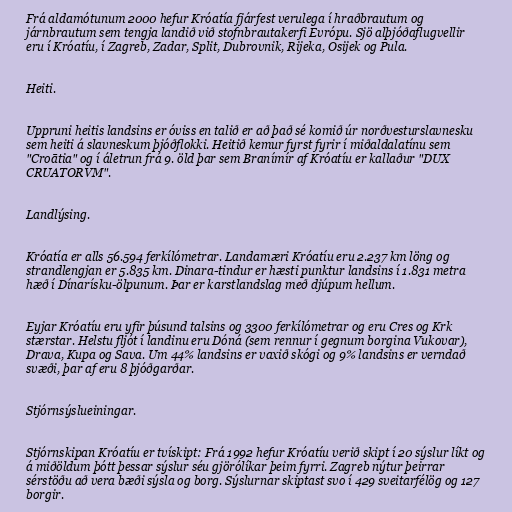
Frá aldamótunum 2000 hefur Króatía fjárfest verulega í hraðbrautum og
járnbrautum sem tengja landið við stofnbrautakerfi Evrópu. Sjö alþjóðaflugvellir
eru í Króatíu, í Zagreb, Zadar, Split, Dubrovnik, Rijeka, Osijek og Pula.

Heiti.

Uppruni heitis landsins er óviss en talið er að það sé komið úr norðvesturslavnesku
sem heiti á slavneskum þjóðflokki. Heitið kemur fyrst fyrir í miðaldalatínu sem
"Croātia" og í áletrun frá 9. öld þar sem Branímír af Króatíu er kallaður "DUX
CRUATORVM".

Landlýsing.

Króatía er alls 56.594 ferkílómetrar. Landamæri Króatíu eru 2.237 km löng og
strandlengjan er 5.835 km. Dinara-tindur er hæsti punktur landsins í 1.831 metra
hæð í Dínarísku-ölpunum. Þar er karstlandslag með djúpum hellum.

Eyjar Króatíu eru yfir þúsund talsins og 3300 ferkílómetrar og eru Cres og Krk
stærstar. Helstu fljót í landinu eru Dóná (sem rennur í gegnum borgina Vukovar),
Drava, Kupa og Sava. Um 44% landsins er vaxið skógi og 9% landsins er verndað
svæði, þar af eru 8 þjóðgarðar.

Stjórnsýslueiningar.

Stjórnskipan Króatíu er tvískipt: Frá 1992 hefur Króatíu verið skipt í 20 sýslur líkt og
á miðöldum þótt þessar sýslur séu gjörólíkar þeim fyrri. Zagreb nýtur þeirrar
sérstöðu að vera bæði sýsla og borg. Sýslurnar skiptast svo í 429 sveitarfélög og 127
borgir.